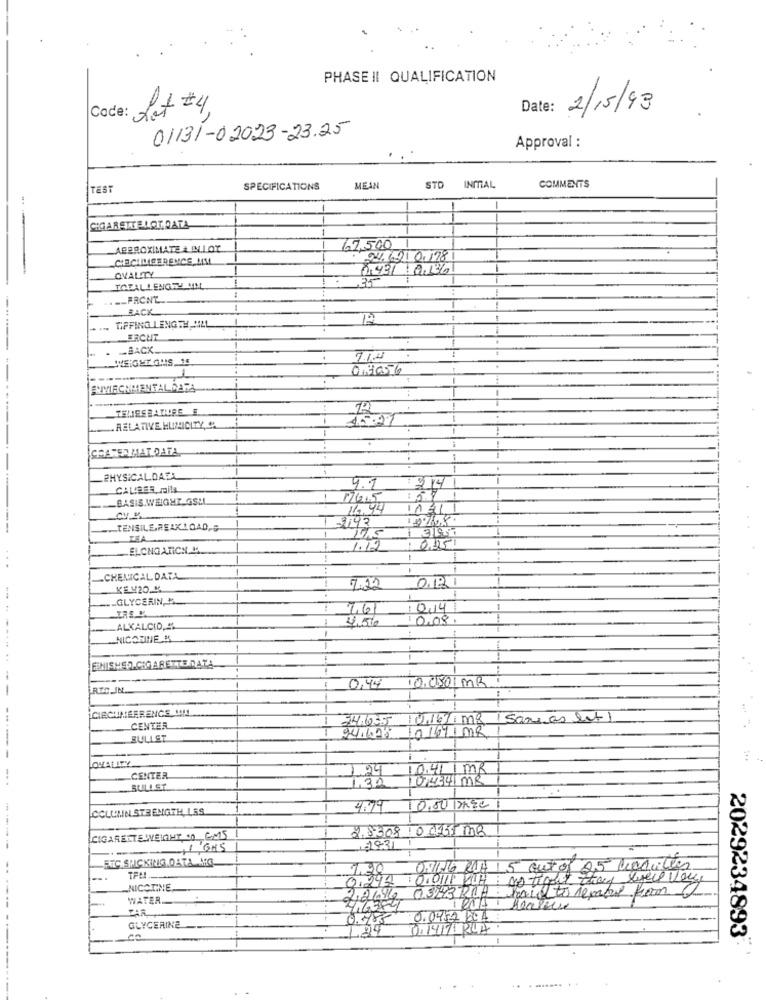
PHASE II QUALIFICATION
2/15/93
Code: Lot #4,
Date :
01131-02023-23.25
Approval :
TEST
SPECIFICATIONS
MEAN
STD INMAL
COMMENTS
-
CIGARETTELOLDATA
--
ABEROXIMATE & INLOT
67,500
027. 691 0.178
0,431 0136
OVALITY
TOTALLENGTH OM
...- FRCNL
-
BACK
-
TIPPING LENGTH, MILL
ERCHT
BACK
WEIGHT GHIS_15
7.12
0.3056
RELATIVE HUMIDITY,C.
15.27
CHAMED MAT DATA
PHYSICALDATA
CALIBER mails
4.7 2 14
BASIS WEIGHT GSM
176.5
16.44
11311
1 -3197
-TENSILE,REAK.LOAD,S
1
ELCNOAFICH M
1.12
:0.951
1
CHEMICAL DATA
KEH20.K
.
7.22
GLYCERIN,"
7,61
0,4
4,5%
0.08
ALKALCIO, "
NICOTINE &
ENISHED.CIGARETTE DATA
100501MR
RTC_IN.
0,44
CIRCUMFERENCE !!!!
-
- ..
74.635
1 Sameas let 1
CENTER
101671MR
BULLET
94.628
LOKALITY
-
1.24
0.41|MR
CENTER
1,32
SULLST.
COLUMN STRENGTH LES
4.79
10.00 IDEe
2.8308 06655MB
CIGARETTEWEIGHT O C.5
---
,1 GMS
1931
FTC STICKING DATA MO-
-.
1.20
OVING LA 15 out of 25 Maquilles
0.242
NICOTINE.
WATER
2.2016
4,6384
0.785 0.0957424
GLYCERINE
124
0.14171RUA
2029234893